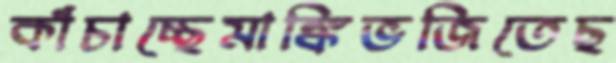
কাঁচাচ্ছেমাঙ্কিভজিতেছ